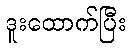
ဒူးထောက်ပြီး